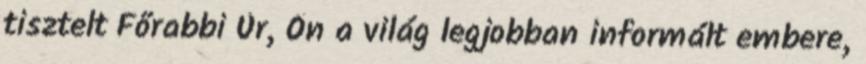
tisztelt Főrabbi Úr, Ön a világ legjobban informált embere,